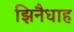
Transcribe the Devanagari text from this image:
झिनैधाह